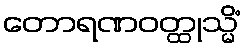
တောရဏဝတ္ထုသ္မိံ